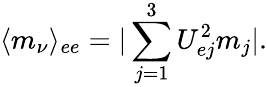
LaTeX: \langle m_{\nu}\rangle_{ee}=|\sum_{j=1}^{3}U_{ej}^{2}m_{j}|.